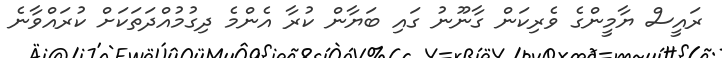
ރައީސް ޔާމީންގެ ވެރިކަން ގާނޫނު ގައި ބަޔާން ކުރާ އެންމެ ދިގުމުއްދަތަކަށް ކުރައްވާނެ